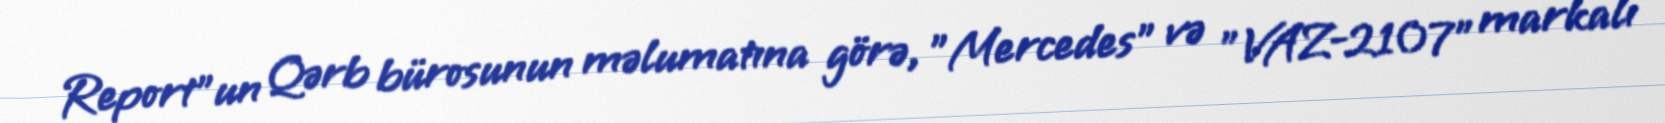
Report"un Qərb bürosunun məlumatına görə, "Mercedes" və "VAZ-2107" markalı